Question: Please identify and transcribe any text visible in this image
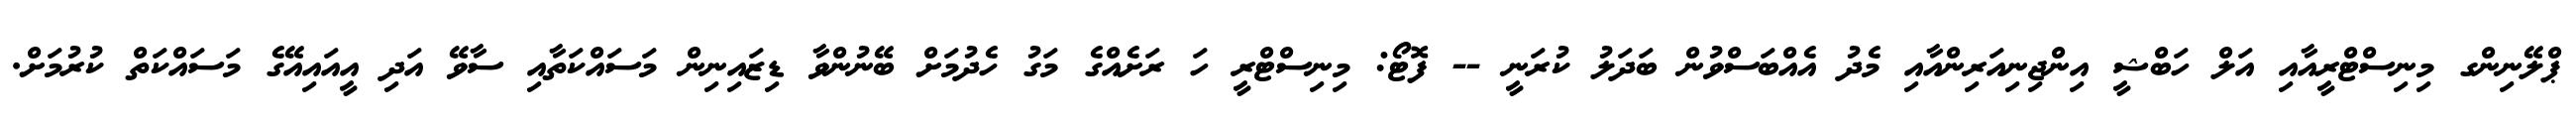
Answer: ޕްލޭނިންގ މިނިސްޓްރީއާއި އަލް ހަބްޝީ އިންޖިނިއަރިންއާއި މެދު އެއްބަސްވުން ބަދަލު ކުރަނީ -- ފޮޓޯ: މިނިސްޓްރީ ހަ ރަށެއްގެ މަގު ހެދުމަށް ބޭނުންވާ ޑިޒައިނިން މަސައްކަތާއި ސާވޭ އަދި އީއައިއޭގެ މަސައްކަތް ކުރުމަށް.